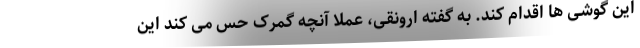
این گوشی ها اقدام کند. به گفته ارونقی، عملا آنچه گمرک حس می کند این